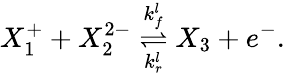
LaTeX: X_{1}^{+}+X_{2}^{2-}\overset{k_{f}^{l}}{\underset{k_{r}^{l}}{\rightleftharpoons}}X_{3}+e^{-}.